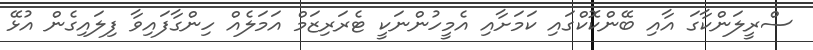
ސްރީލަންކާގަ އާއި ބޭންކޮކްގައި ކަމަށާއި އެމީހުންނަކީ ޓެރަރިޒަމް އަމަލެއް ހިންގާފައިވާ ފިލައިގެން އުޅޭ